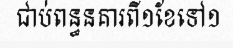
ជាប់ពន្ធនគារពី១ខែទៅ១